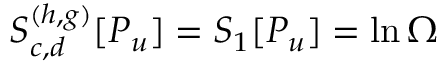
S _ { c , d } ^ { ( h , g ) } [ P _ { u } ] = S _ { 1 } [ P _ { u } ] = \ln \Omega